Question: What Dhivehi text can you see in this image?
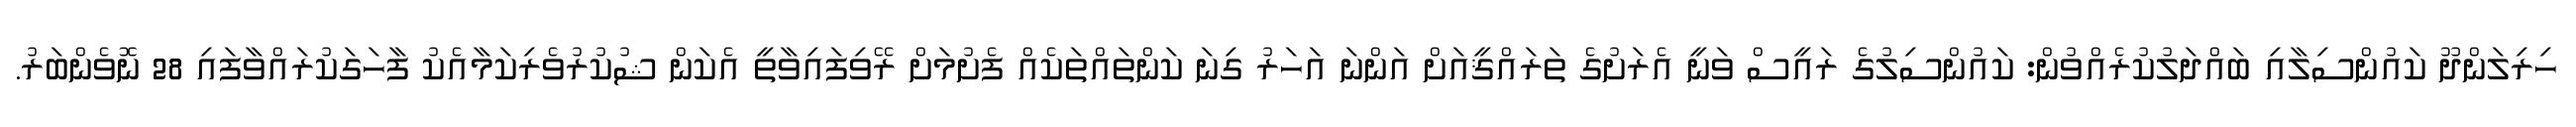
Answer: ހިރިލަންދޫ ކައުންސިލާއި ބައްދަލުކުރެއްވުން: ކައުންސިލުގެ ރައީސް ވަނީ އެރަށުގެ ތަރައްޤީއަށް އަންނަ އަހަރު ގިނަ ކަންތައްތަކެއް ފެށުމަށް ރޭވިފައިވާތީ އެކަން ޝުކުރުވެރިކަމާއެކު ފާހަގަކުރައްވާފައި 28 ނޮވެންބަރު.